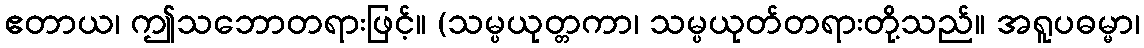
ဧတာယ၊ ဤသဘောတရားဖြင့်။ (သမ္ပယုတ္တကာ၊ သမ္ပယုတ်တရားတို့သည်။ အရူပဓမ္မာ၊